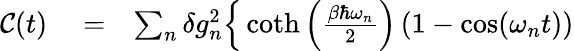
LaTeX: \begin{array}{rlr}{{\mathcal C}(t)}&{{}=}&{\sum_{n}\delta g_{n}^{2}\Big\{ \coth\left(\frac{\beta\hbar\omega_{n}}{2}\right)\left(1-\cos(\omega_{n}t)\right)}\end{array}